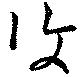
復